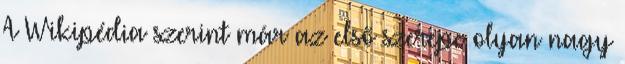
A Wikipédia szerint már az első szerepe olyan nagy